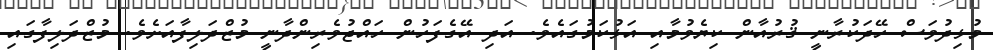
މުޅިދުވަސް ހޭދަކުރާނީ ޤުރުއާން ކިޔެވުމާއި އަޅުކަމުގައެވެ. އަދި އޭގެފަހުން ހައްޖުވެރިންދާނީ މުޒްދަލިފާއަށެވެ. މުޒްދަލިފާގައި